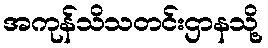
အကုန်သိသတင်းဌာနသို့